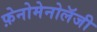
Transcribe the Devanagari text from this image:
फ़ेनोमेनोलॅजी